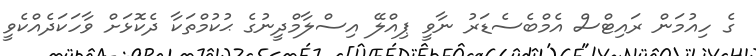
ގެ ހިއުމަން ރައިޓްސް އެމްބެސެޑަރު ނާވީ ޕިއްލޭ އިސްލާމްދީނުގެ ޙުކުމްތަކާ ދެކޮޅަށް ވާހަކަދެއްކެވީ